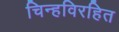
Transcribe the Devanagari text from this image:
चिन्हविरहित